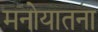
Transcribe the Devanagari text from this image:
मनोयातना